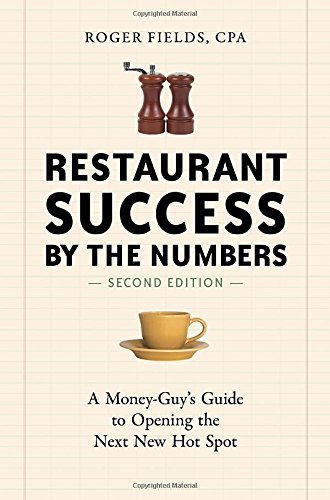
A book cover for Restaurant Success by the Numbers, Second Edition: A Money-Guy's Guide to Opening the Next New Hot Spot; Roger Fields; Cookbooks, Food & Wine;